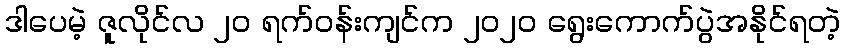
ဒါပေမဲ့ ဇူလိုင်လ ၂၀ ရက်ဝန်းကျင်က ၂၀၂၀ ရွေးကောက်ပွဲအနိုင်ရတဲ့